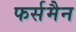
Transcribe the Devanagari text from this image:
फर्समैन